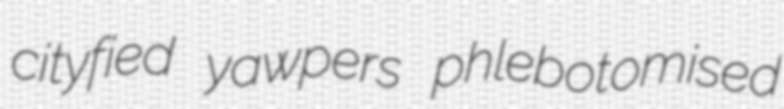
cityfied yawpers phlebotomised